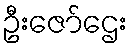
ဦးဇော်ဌေး